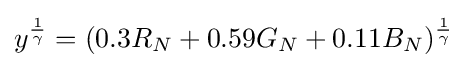
y^{\frac {1}{\gamma }}=(0.3R_{N}+0.59G_{N}+0.11B_{N})^{\frac {1}{\gamma }}